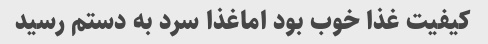
کیفیت غذا خوب بود اماغذا سرد به دستم رسید